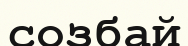
созбай